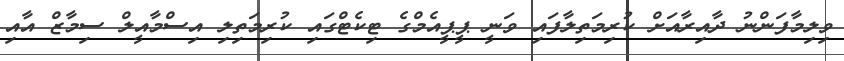
ވިލިމާފަންނު ދާއިރާއަށް ކުރިމަތިލާފައި ވަނީ ޕީޕީއެމްގެ ޓިކެޓްގައި ކުރިމަތިލި އިސްމާއީލް ސިމާޒް އާއި